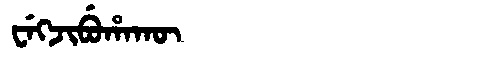
Manchu: ᠸᡝᡴᠵᡳᠪᡠᡥᠠᡴᡡ
Romanization: WEKJIBUHAKŪ